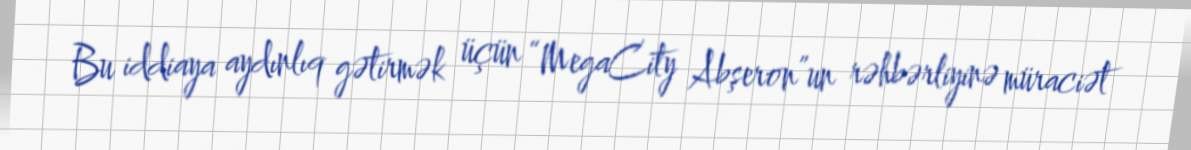
Bu iddiaya aydınlıq gətirmək üçün “MegaCity Abşeron”un rəhbərliyinə müraciət